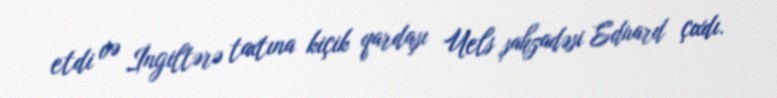
etdi və İngiltərə taxtına kiçik qardaşı Uels şahzadəsi Eduard çıxdı.